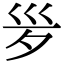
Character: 𣧄